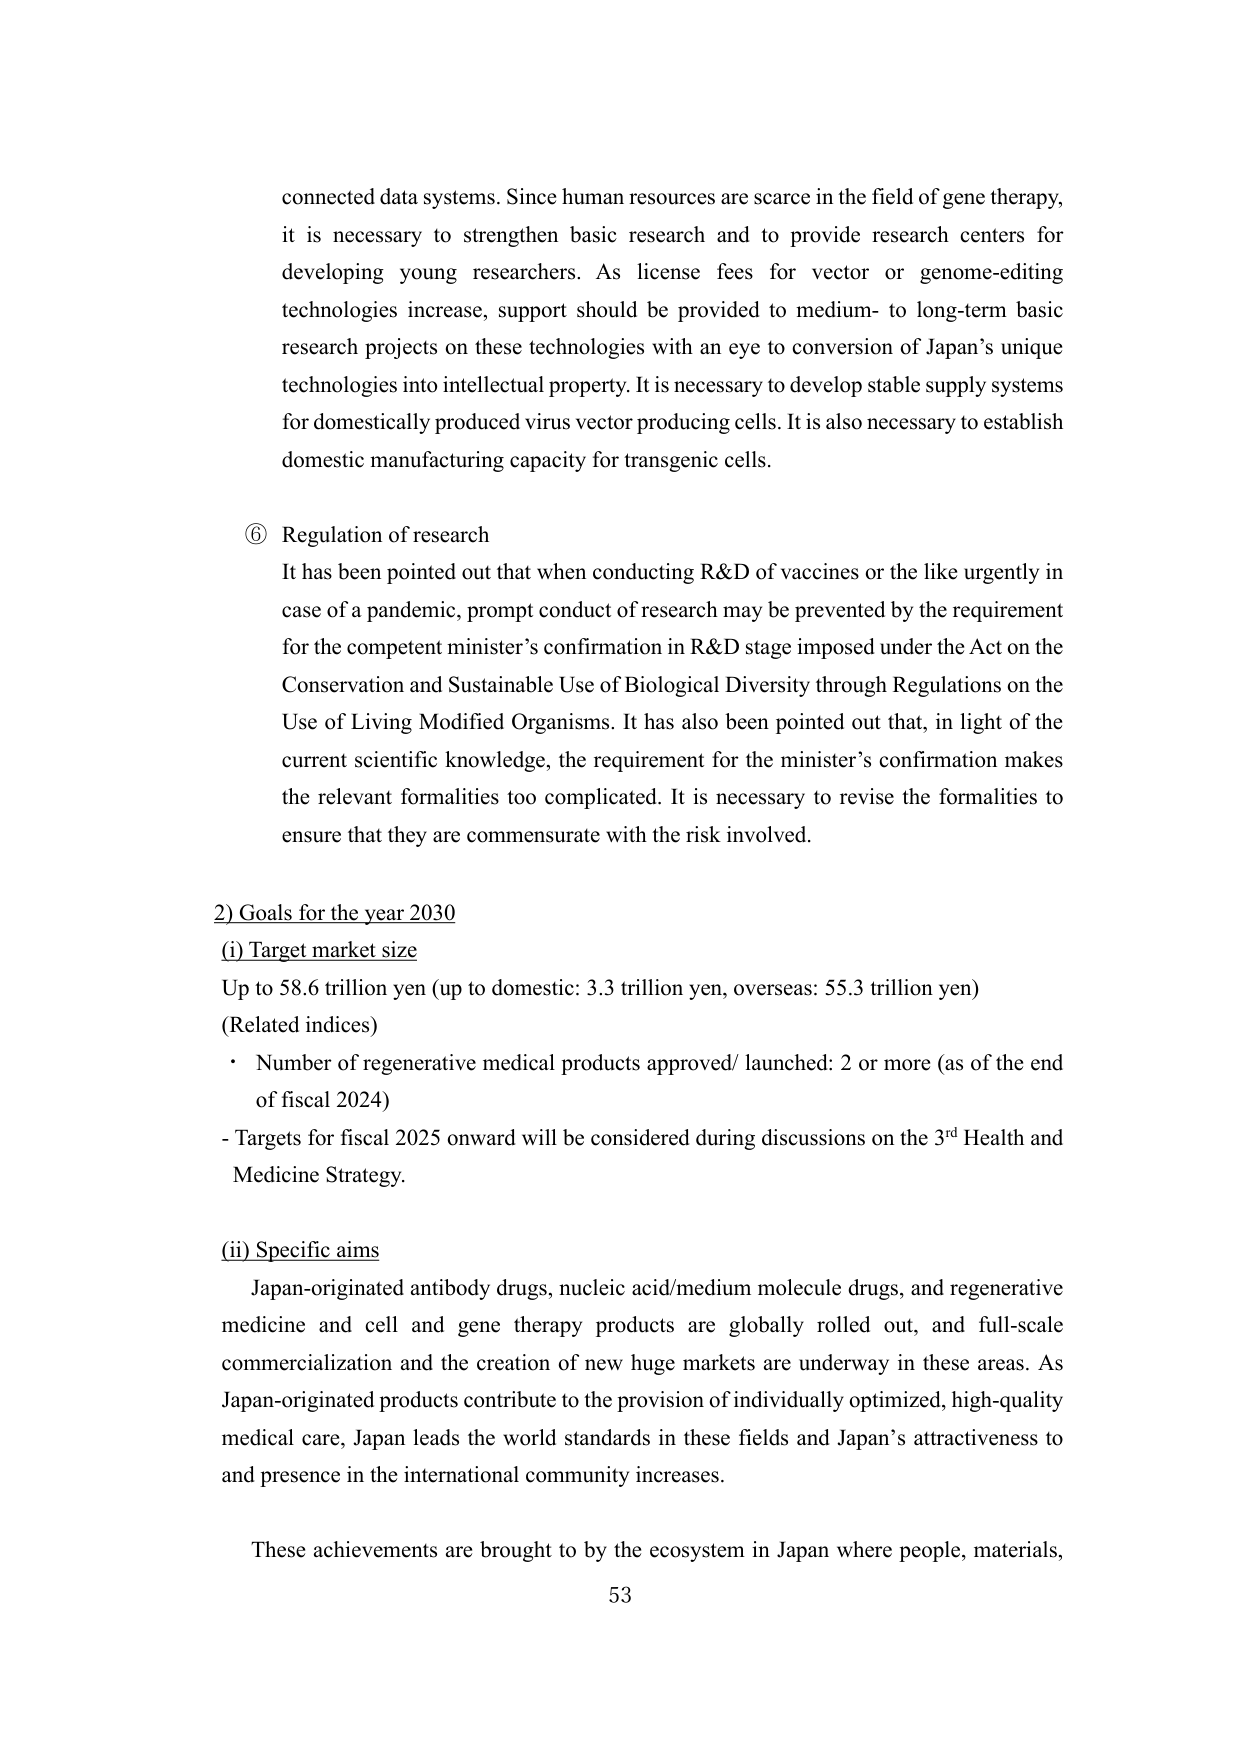
connected data systems. Since human resources are scarce in the field of gene therapy, it is necessary to strengthen basic research and to provide research centers for developing young researchers. As license fees for vector or genome-editing technologies increase, support should be provided to medium- to long-term basic research projects on these technologies with an eye to conversion of Japan’s unique technologies into intellectual property. It is necessary to develop stable supply systems for domestically produced virus vector producing cells. It is also necessary to establish domestic manufacturing capacity for transgenic cells.

⑥ Regulation of research
It has been pointed out that when conducting R&D of vaccines or the like urgently in case of a pandemic, prompt conduct of research may be prevented by the requirement for the competent minister’s confirmation in R&D stage imposed under the Act on the Conservation and Sustainable Use of Biological Diversity through Regulations on the Use of Living Modified Organisms. It has also been pointed out that, in light of the current scientific knowledge, the requirement for the minister’s confirmation makes the relevant formalities too complicated. It is necessary to revise the formalities to ensure that they are commensurate with the risk involved.

2) Goals for the year 2030
(i) Target market size
Up to 58.6 trillion yen (up to domestic: 3.3 trillion yen, overseas: 55.3 trillion yen)
(Related indices)
• Number of regenerative medical products approved/ launched: 2 or more (as of the end of fiscal 2024)
- Targets for fiscal 2025 onward will be considered during discussions on the 3rd Health and Medicine Strategy.

(ii) Specific aims
Japan-originated antibody drugs, nucleic acid/medium molecule drugs, and regenerative medicine and cell and gene therapy products are globally rolled out, and full-scale commercialization and the creation of new huge markets are underway in these areas. As Japan-originated products contribute to the provision of individually optimized, high-quality medical care, Japan leads the world standards in these fields and Japan’s attractiveness to and presence in the international community increases.

These achievements are brought to by the ecosystem in Japan where people, materials,
53